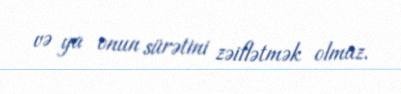
və ya onun sürətini zəiflətmək olmaz.